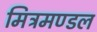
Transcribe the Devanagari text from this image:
मित्रमण्डल